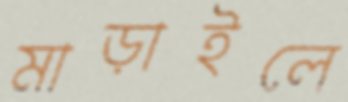
মাড়াইলে